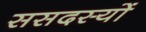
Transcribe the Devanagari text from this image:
ससदस्यों